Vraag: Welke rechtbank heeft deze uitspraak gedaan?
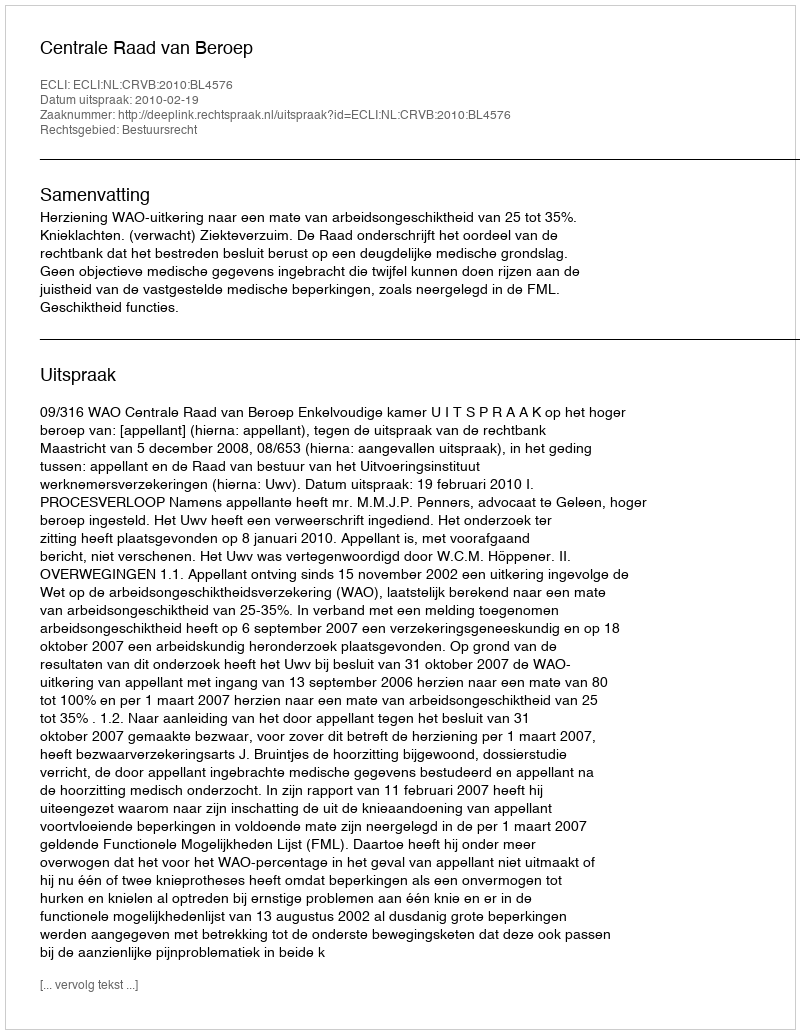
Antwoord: Centrale Raad van Beroep